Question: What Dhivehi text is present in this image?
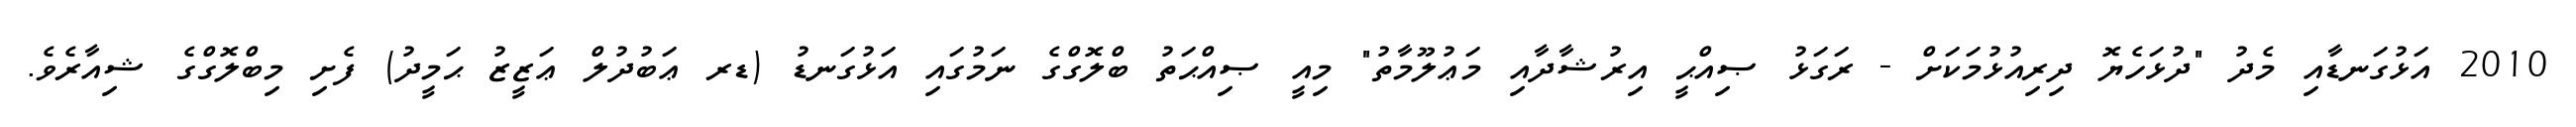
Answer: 2010 އަޅުގަނޑާއި މެދު "ދުޅަހެޔޮ ދިރިއުޅުމަކަށް - ރަގަޅު ޞިއްޙީ އިރުޝާދާއި މަޢުލޫމާތު" މިއީ ޞިއްޙަތު ބްލޮގްގެ ނަމުގައި އަޅުގަނޑު (ޑރ ޢަބުދުލް ޢަޒީޒު ޙަމީދު) ފެށި މިބްލޮގްގެ ޝިއާރެވެ.